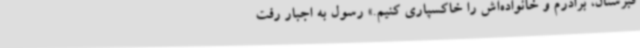
قبرستان، برادرم و خانواده‌اش را خاکسپاری کنیم.» رسول به اجبار رفت